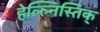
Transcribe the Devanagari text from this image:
हेल्ल्निस्तिक्